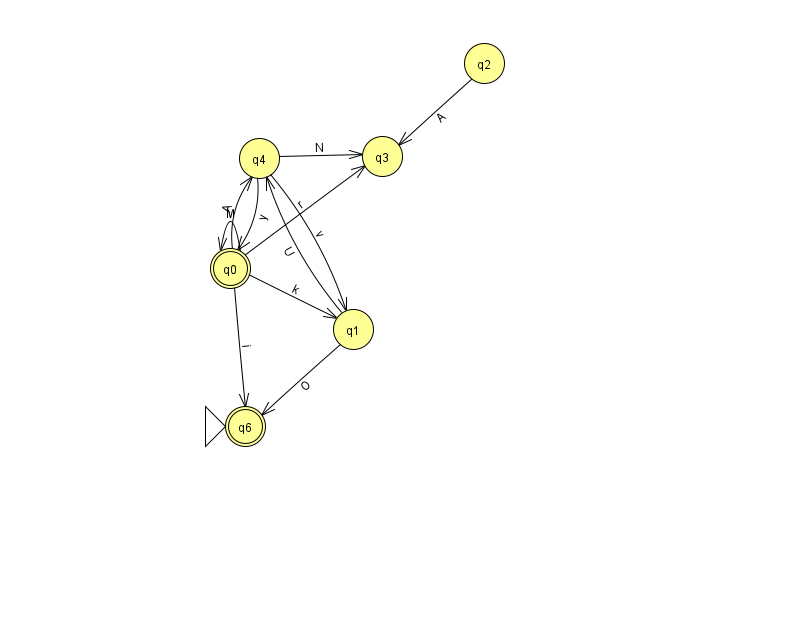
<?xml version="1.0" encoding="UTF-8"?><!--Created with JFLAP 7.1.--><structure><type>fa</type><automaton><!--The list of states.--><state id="0" name="q0"><x>230.0</x><y>255.0</y><final/></state><state id="1" name="q1"><x>353.0</x><y>316.0</y></state><state id="2" name="q2"><x>484.0</x><y>50.0</y></state><state id="3" name="q3"><x>382.0</x><y>143.0</y></state><state id="4" name="q4"><x>259.0</x><y>145.0</y></state><state id="6" name="q6"><x>245.0</x><y>413.0</y><initial/><final/></state><!--The list of transitions.--><transition><from>0</from><to>4</to><read>A</read></transition><transition><from>4</from><to>3</to><read>N</read></transition><transition><from>0</from><to>6</to><read>i</read></transition><transition><from>1</from><to>4</to><read>U</read></transition><transition><from>2</from><to>3</to><read>A</read></transition><transition><from>1</from><to>6</to><read>O</read></transition><transition><from>4</from><to>1</to><read>v</read></transition><transition><from>4</from><to>0</to><read>y</read></transition><transition><from>0</from><to>1</to><read>k</read></transition><transition><from>0</from><to>0</to><read>M</read></transition><transition><from>0</from><to>3</to><read>r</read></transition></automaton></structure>